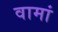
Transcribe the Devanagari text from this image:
वामां